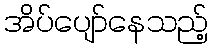
အိပ်ပျော်နေသည့်